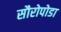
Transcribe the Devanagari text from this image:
सौरोपोडा